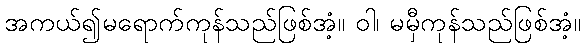
အကယ်၍မရောက်ကုန်သည်ဖြစ်အံ့။ ဝါ၊ မမှီကုန်သည်ဖြစ်အံ့။